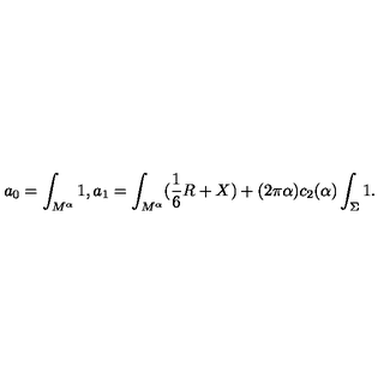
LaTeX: a _ { 0 } = \int _ { M ^ { \alpha } } 1 , a _ { 1 } = \int _ { M ^ { \alpha } } ( { \frac { 1 } { 6 } } R + X ) + ( 2 \pi \alpha ) c _ { 2 } ( \alpha ) \int _ { \Sigma } 1 .